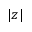
\vert z \vert